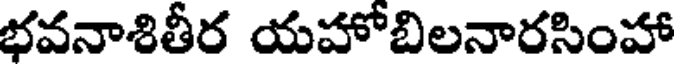
భవనాశితీర యహోబిలనారసింహా